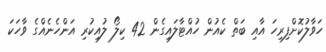
ހަވާލުކޮށްފިރިހަ އާއި ބަތް ކެއުން ހުއްޓާލައިގެން 42 ކިލޯ ލުއިކުރި އަންހެނެއްގެ ވާހަކަ